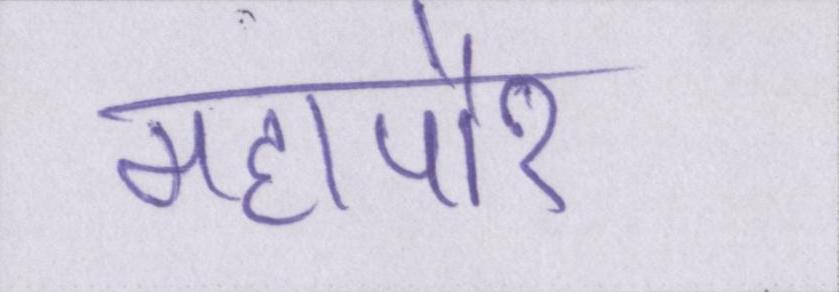
महापौर